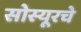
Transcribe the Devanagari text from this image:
सोस्यूरचे